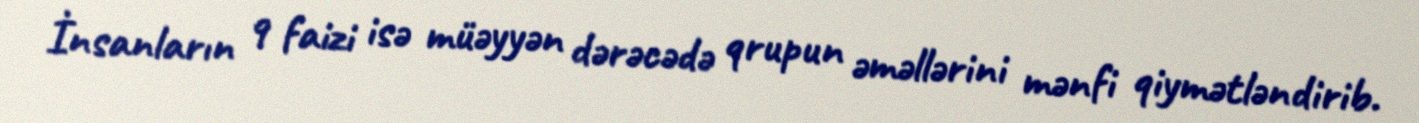
İnsanların 9 faizi isə müəyyən dərəcədə qrupun əməllərini mənfi qiymətləndirib.